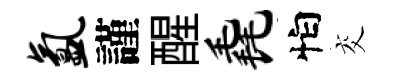
氲謹醒毳怕交